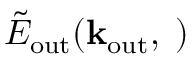
\tilde { E } _ { \mathrm { o u t } } ( \bf k _ { \mathrm { o u t } } , \omega )